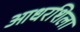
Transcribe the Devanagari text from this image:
आधरशिला